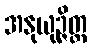
အနုယုဉ္ဇိတ္ထ